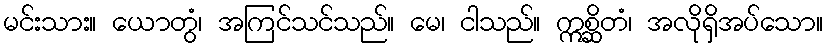
မင်းသား။ ယောတွံ၊ အကြင်သင်သည်။ မေ၊ ငါသည်။ ဣစ္ဆိတံ၊ အလိုရှိအပ်သော။